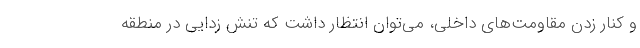
و کنار زدن مقاومت‌های داخلی، می‌توان انتظار داشت که تنش زدایی در منطقه